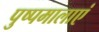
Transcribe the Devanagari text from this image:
पुष्पमालाएं